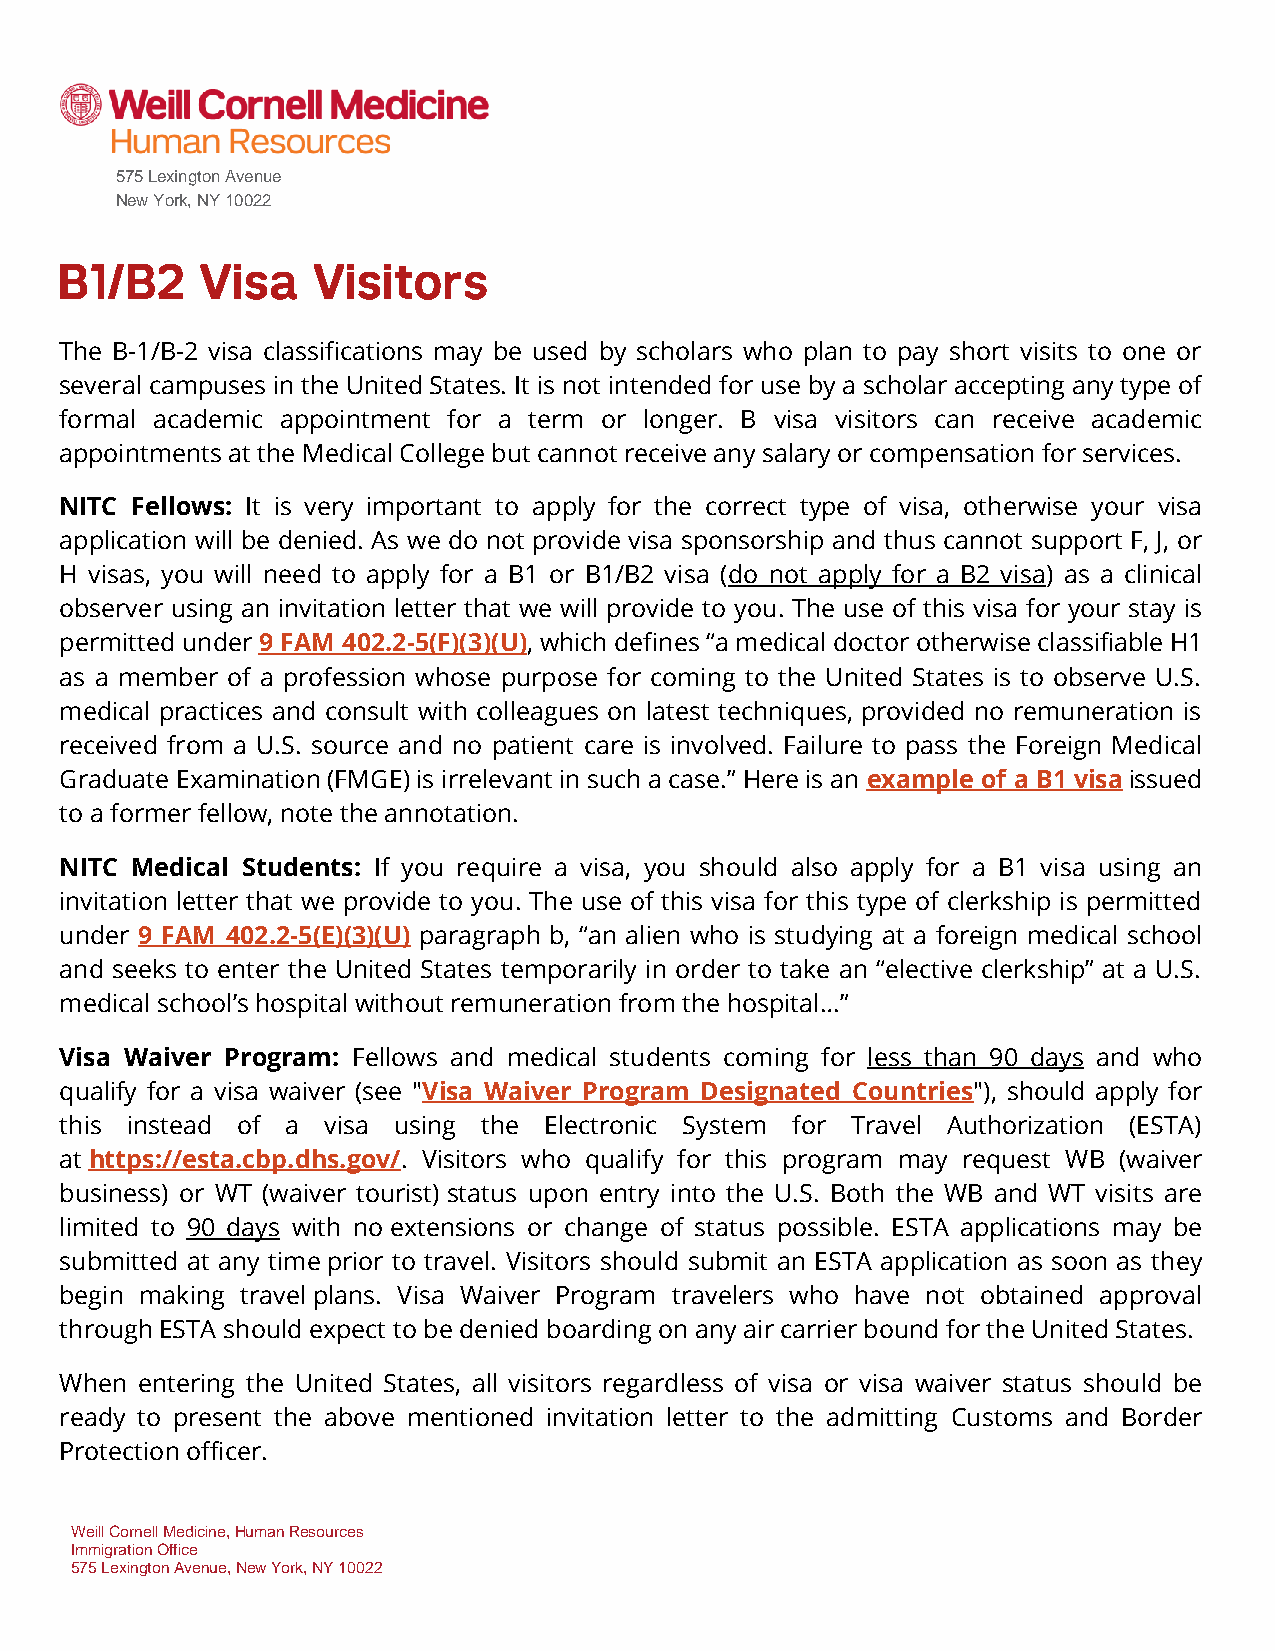
575 Lexington Avenue
 New York, NY 10022
 The B-1/B-2 visa classifications may be used by scholars who plan to pay short visits to one or
 several campuses in the United States. It is not intended for use by a scholar accepting any type of
 formal academic appointment for a term or longer. B visa visitors can receive academic
 appointments at the Medical College but cannot receive any salary or compensation for services.
 NITC Fellows: It is very important to apply for the correct type of visa, otherwise your visa
 application will be denied. As we do not provide visa sponsorship and thus cannot support F, J, or
 H visas, you will need to apply for a B1 or B1/B2 visa (do not apply for a B2 visa) as a clinical
 observer using an invitation letter that we will provide to you. The use of this visa for your stay is
 permitted under 9 FAM 402.2-5(F)(3)(U), which defines “a medical doctor otherwise classifiable H1
 as a member of a profession whose purpose for coming to the United States is to observe U.S.
 medical practices and consult with colleagues on latest techniques, provided no remuneration is
 received from a U.S. source and no patient care is involved. Failure to pass the Foreign Medical
 Graduate Examination (FMGE) is irrelevant in such a case.” Here is an example of a B1 visa issued
 to a former fellow, note the annotation.
 NITC Medical Students: If you require a visa, you should also apply for a B1 visa using an
 invitation letter that we provide to you. The use of this visa for this type of clerkship is permitted
 under 9 FAM 402.2-5(E)(3)(U) paragraph b, “an alien who is studying at a foreign medical school
 and seeks to enter the United States temporarily in order to take an “elective clerkship” at a U.S.
 medical school’s hospital without remuneration from the hospital…”
 Visa Waiver Program: Fellows and medical students coming for less than 90 days and who
 qualify for a visa waiver (see "Visa Waiver Program Designated Countries"), should apply for
 this instead of a visa using the Electronic System for Travel Authorization (ESTA)
 at https://esta.cbp.dhs.gov/. Visitors who qualify for this program may request WB (waiver
 business) or WT (waiver tourist) status upon entry into the U.S. Both the WB and WT visits are
 limited to 90 days with no extensions or change of status possible. ESTA applications may be
 submitted at any time prior to travel. Visitors should submit an ESTA application as soon as they
 begin making travel plans. Visa Waiver Program travelers who have not obtained approval
 through ESTA should expect to be denied boarding on any air carrier bound for the United States.
 When entering the United States, all visitors regardless of visa or visa waiver status should be
 ready to present the above mentioned invitation letter to the admitting Customs and Border
 Protection officer.
 Weill Cornell Medicine, Human Resources
 Immigration Office
 575 Lexington Avenue, New York, NY 10022